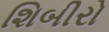
શિબીરો